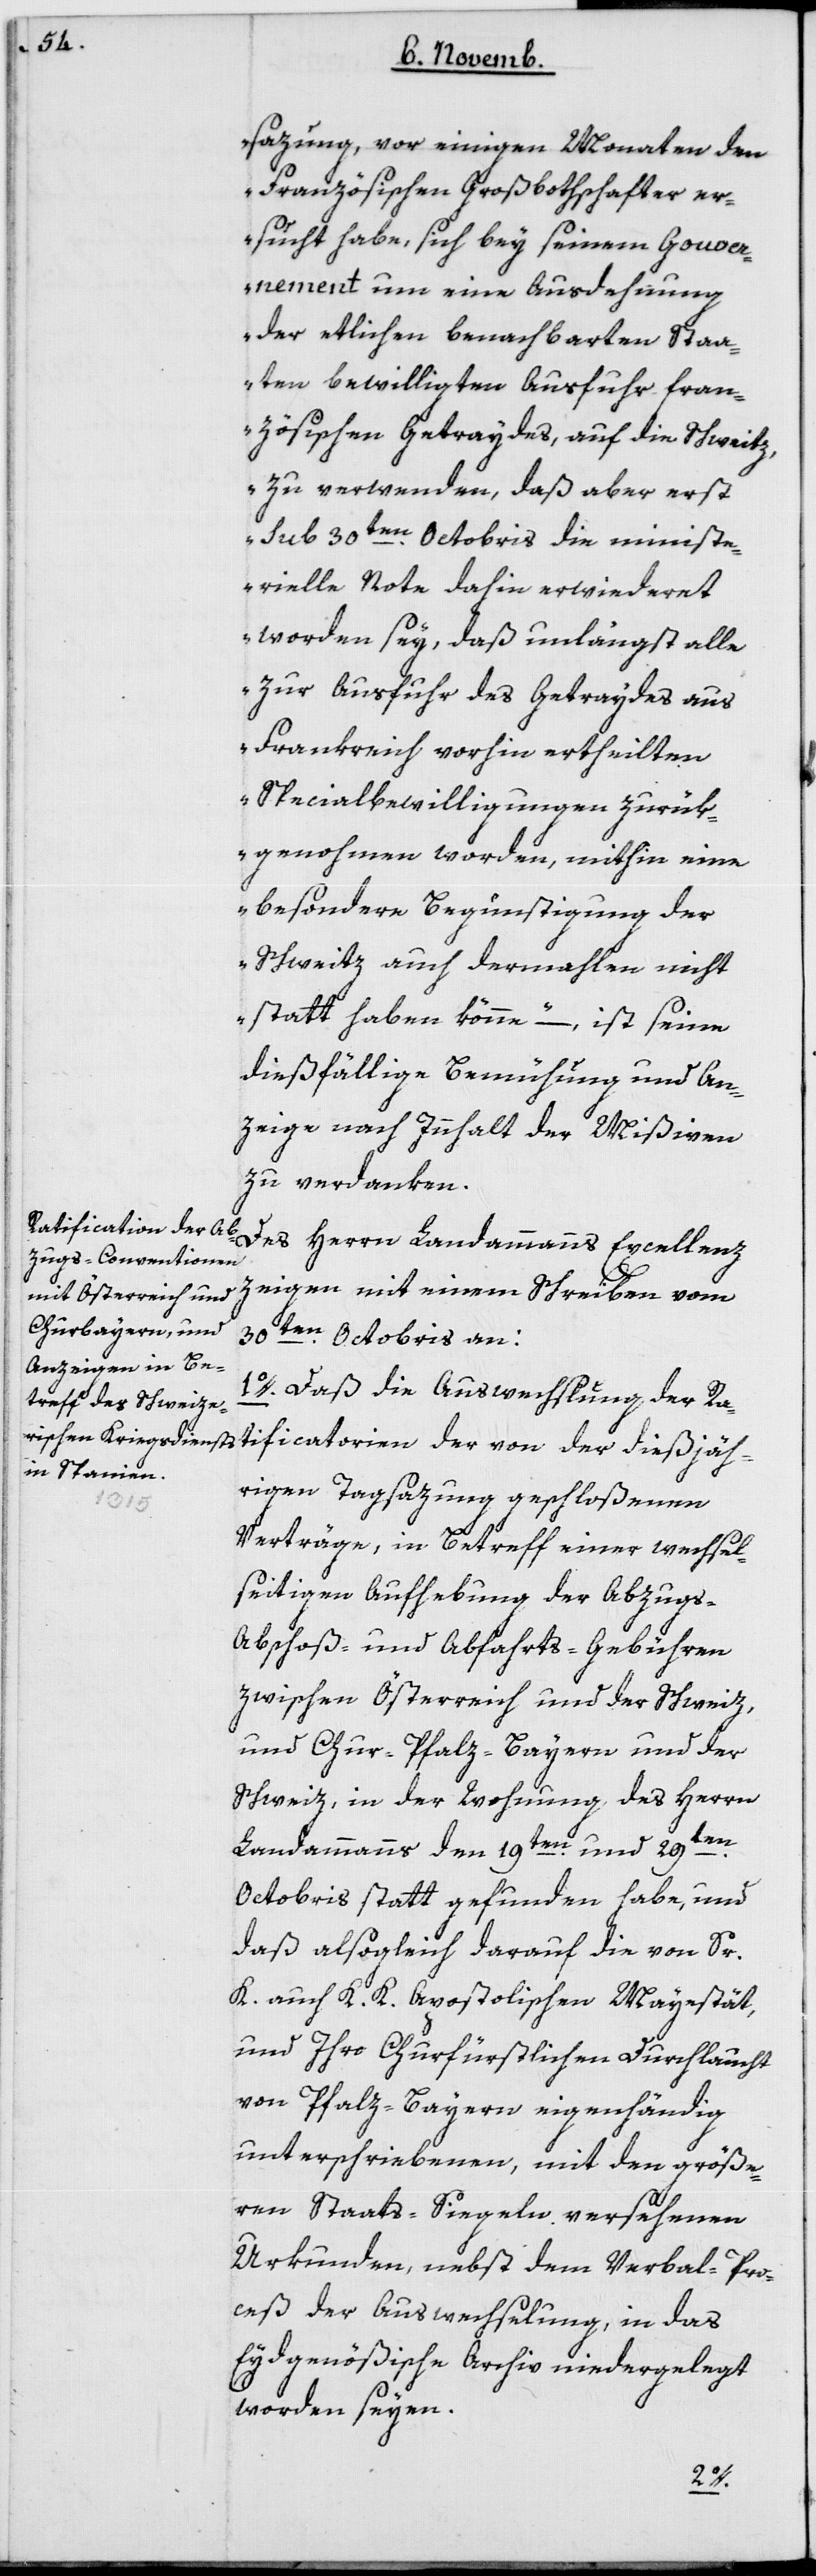
sazung vor einigen Monaten den
Französischen Großbotschafter er¬
sucht habe, sich bey seinem Gouver¬
nement um eine Ausdehnung
der etlichen benachbarten Staa¬
ten bewilligten Ausfuhr fran¬
zösischen Getraydes auf die Schweiz
zu verwenden, daß aber erst
sub 30ten Octobris die ministe¬
rielle Note dahin erwideret
worden sey, daß unlängst alle
zur Ausfuhr des Getreides aus
Frankreich vorhin ertheilten
Specialbewilligungen zurük¬
genohmen worden, mithin eine
besondere Begünstigung der
Schweitz auch dermahlen nicht
statt haben könne“ – ist seine
diesfällige Bemühung und An¬
zeige nach Innhalt der Mißiven
zu verdanken.
atificatorien der von
Des Herrn Landammanns Excellenz
zeigen mit einem Schreiben vom
30ten Octobris an:
1. Daß die Auswechslung der R¬
hrigen Tagsazung geschloßenen
diesjä¬
Verträge, in Betreff einer wechsel¬
seitigen Aufhebung der Abzugs-,
Abschoß- und Abfahrts-Gebühren
zwischen Österreich und der Schweiz;
und Chur-Pfalz-Bayern und der
Schweiz; in der Wohnung des Herrn
der
Landammanns den 19ten und 29ten
Octobris stattgefunden habe, und
daß alsogleich darauf die von Sr
K. auch K. K. apostolischen Majestät,
und Ihro Churfürstlichen Durchlaucht
von Pfalz-Bayern eigenhändig
unterschriebenen, mit den größe¬
ren Staats-Siegeln versehenen
Urkunden, nebst dem Verbal-Pro¬
ceß der Auswechslung, in das
Eydgenößische Archiv niedergelegt
worden seyen.